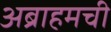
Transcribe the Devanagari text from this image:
अब्राहमची